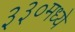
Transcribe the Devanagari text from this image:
३३०मध्ये